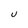
Character: U